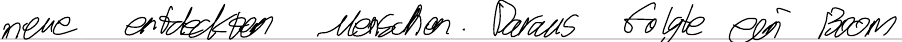
neue entdeckten Menschen. Daraus folgte ein Boom